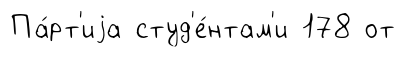
Па́рт'иjа студ'е́нтам'и 178 от